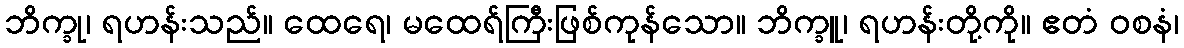
ဘိက္ခု၊ ရဟန်းသည်။ ထေရေ၊ မထေရ်ကြီးဖြစ်ကုန်သော။ ဘိက္ခူ၊ ရဟန်းတို့ကို။ ဧတံ ဝစနံ၊